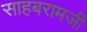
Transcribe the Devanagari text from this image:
साहबरामजी